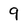
Character: 9